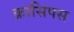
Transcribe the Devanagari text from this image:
क्रासिपस